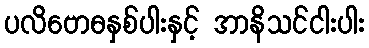
ပလိဗောဓနှစ်ပါးနှင့် အာနိသင်ငါးပါး